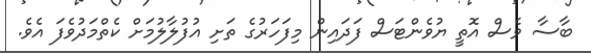
ބާސާ ވެސް އޮތީ ޔުވެންޓަސް ފަދައިން މިފަހަރުގެ ތަށި އުފުލާލުމަށް ކެތްމަދުވެފަ އެވެ.